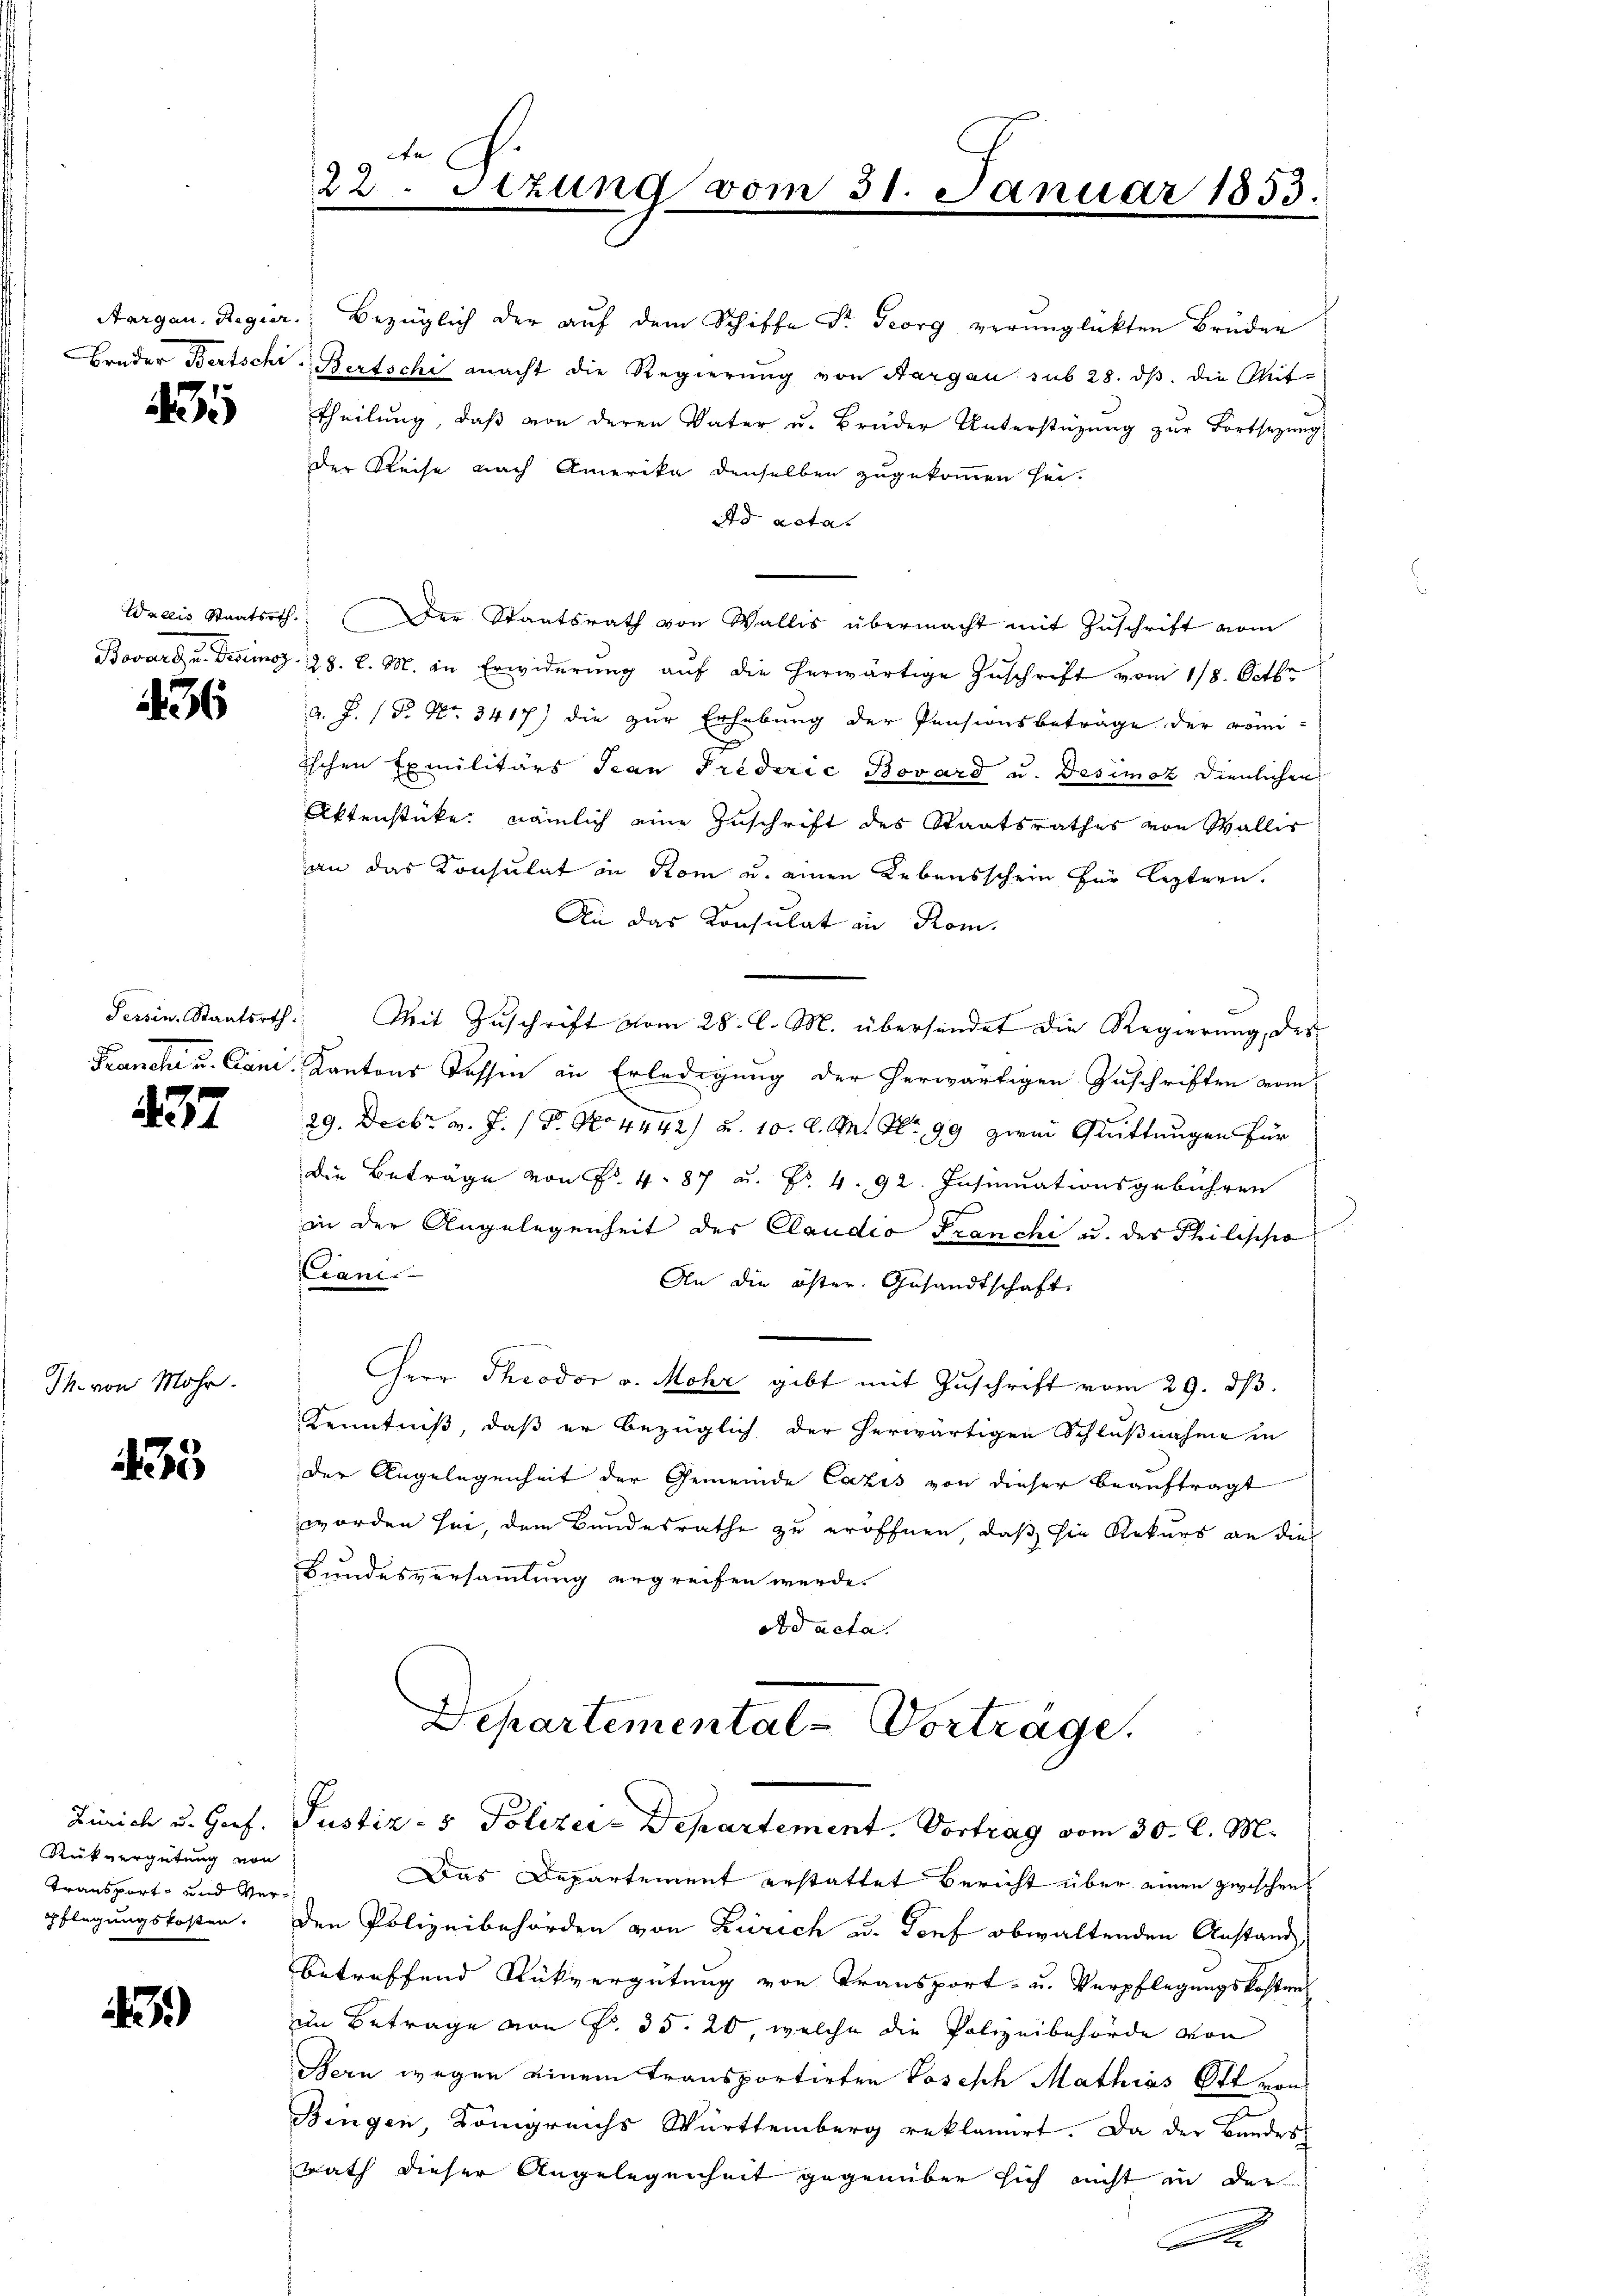
3

36

437

Th. von Mohr.

233

Zürich u. Gorf.
Rükvergütung von
Transport und Verpflegungskosten.

9)

22. Sizung vom 31. Januar 1833.

Aargau. Regier. Bezüglich der aŭf dem Schiffe St. Georg verunglickten Bruden
Bruder Bertscht - Bertschi macht die Regierung von Aargau sub 28. ds. die Mit-
Theilung, daß von deren Vater u. Brüder Unterstützung zur Fortsezung
der Reise nach Amerika denselben zugekommen sei.
Ad acta.
Wallis Staatsrth. Der Staatsrath von Wallis übermacht mit Zuschrift vom
Bovard u. Desimoz 28. d. M. in Erwiderung auf die herwärtige Zuschrift vom 118. Octbr
a. J. P. Nr. 3417) die zur Erhebung der Pensionsbeträge der römi-
ischen Exmilitärs San Frederić Bovard u. Desimo dienlichen
Aktenstücke, nämlich eine Zuschrift des Staatsrathes von Wallir
an das Consulat in Rom u. einen Lebensschein für leztern.
An das Konsulat in Rom.
Tessin. Staatsrth. Mit Zŭschrift vom 28. C. M. übersendet die Regierung, des
Franche u. Can. Kantons Tessin in Erledigung der herwärtigen Zuschriften vom
29. Decbr. v. J. P. No 4442) u. 10. d. M. Nr. 99 zwei Quittungen für
Die Beträge von Fr. 4. 87 u. Fr. 4. 92. Insinuationsgebühren
in der Angelegenheit des Claudio Franchi u. des Philippo
Ceans
An die öster. Gesandtschaft
Herr Theodor v. Mohr gibt mit Zuschrift vom 29. ds.
Kenntniß, daß er bezüglich der herwärtigen Schlußnahme in
der Angelegenheit der Gemeinde Cazis von dieser Beauftragt
worden sei, dem Bundesrathe zu eröffnen, daß sie Rekurs an die
Bundesversammlung ergreifen werde.
oad acta.

Departemental-Vorträge.
Justiz- & Polizei-Departement. Vortrag vom 30. d. M.

Das Departement erstattet Bericht über einen zwischens
den Polizeibehörden von Zürich u. Torf obwaltenden Anstand
betreffend Rückvergütung von Transport- u. Verpflegungskostens
im Betrage von Fr. 35. 20, welche die Polizeibehörde von
Bern wegen einem Transportirten Joseph Mathias Ott von
Bingen, Königreichs Württemberg reklamiert. Da der Bundes
Rath dieser Angelegenheit gegenüber sich nicht in der
I